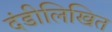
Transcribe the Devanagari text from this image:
दंडीलिखित